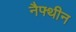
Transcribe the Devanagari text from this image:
नैफ्थीन